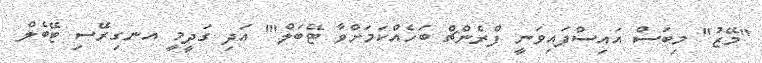
"މޭޒު" މިބަސް އައިސްފައިވަނީ ފްރެންޗް ބަހެއްކަމަށްވާ ޓޭބަލް"' އަދި ގަދީމީ އނގިރޭސި ޓޭބެލް